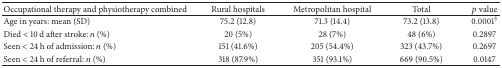
| Occupational therapy and physiotherapy combined | Rural hospitals | Metropolitan hospital | Total | p value |
 | --- | --- | --- | --- | --- |
 | Age in years: mean (SD) | 75.2 (12.8) | 71.3 (14.4) | 73.2 (13.8) | 0.0001§ |
 | Died < 10 d after stroke: n (%) | 20 (5%) | 28 (7%) | 48 (6%) | 0.2897 |
 | Seen < 24 h of admission: n (%) | 151 (41.6%) | 205 (54.4%) | 323 (43.7%) | 0.2697 |
 | Seen < 24 h of referral: n (%) | 318 (87.9%) | 351 (93.1%) | 669 (90.5%) | 0.0147 |